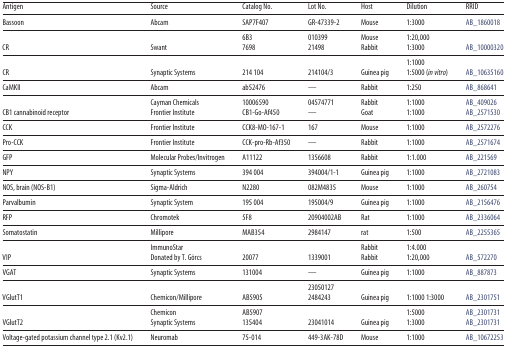
<table><thead><tr><td><b>Antigen</b></td><td><b>Source</b></td><td><b>Catalog No.</b></td><td><b>Lot No.</b></td><td><b>Host</b></td><td><b>Dilution</b></td><td><b>RRID</b></td></tr></thead><tbody><tr><td>Bassoon</td><td>Abcam</td><td>SAP7F407</td><td>GR-47339-2</td><td>Mouse</td><td>1:3000</td><td>AB_1860018</td></tr><tr><td></td><td></td><td>6B3</td><td>010399</td><td>Mouse</td><td>1:20,000</td><td></td></tr><tr><td>CR</td><td>Swant</td><td>7698</td><td>21498</td><td>Rabbit</td><td>1:3000</td><td>AB_10000320</td></tr><tr><td></td><td></td><td></td><td></td><td></td><td>1:1000</td><td></td></tr><tr><td>CR</td><td>Synaptic Systems</td><td>214 104</td><td>214104/3</td><td>Guinea pig</td><td>1:5000 (<i>in vitro</i>)</td><td>AB_10635160</td></tr><tr><td>CaMKII</td><td>Abcam</td><td>ab52476</td><td>—</td><td>Rabbit</td><td>1:250</td><td>AB_868641</td></tr><tr><td></td><td>Cayman Chemicals</td><td>10006590</td><td>04574771</td><td>Rabbit</td><td>1:1000</td><td>AB_409026</td></tr><tr><td>CB1 cannabinoid receptor</td><td>Frontier Institute</td><td>CB1-Go-Af450</td><td>—</td><td>Goat</td><td>1:1000</td><td>AB_2571530</td></tr><tr><td>CCK</td><td>Frontier Institute</td><td>CCK8-MO-167-1</td><td>167</td><td>Mouse</td><td>1:1000</td><td>AB_2572276</td></tr><tr><td>Pro-CCK</td><td>Frontier Institute</td><td>CCK-pro-Rb-Af350</td><td>—</td><td>Rabbit</td><td>1:1000</td><td>AB_2571674</td></tr><tr><td>GFP</td><td>Molecular Probes/Invitrogen</td><td>A11122</td><td>1356608</td><td>Rabbit</td><td>1:1.000</td><td>AB_221569</td></tr><tr><td>NPY</td><td>Synaptic Systems</td><td>394 004</td><td>394004/1-1</td><td>Guinea pig</td><td>1:1000</td><td>AB_2721083</td></tr><tr><td>NOS, brain (NOS-B1)</td><td>Sigma-Aldrich</td><td>N2280</td><td>082M4835</td><td>Mouse</td><td>1:1000</td><td>AB_260754</td></tr><tr><td>Parvalbumin</td><td>Synaptic System</td><td>195 004</td><td>195004/9</td><td>Guinea pig</td><td>1:1000</td><td>AB_2156476</td></tr><tr><td>RFP</td><td>Chromotek</td><td>5F8</td><td>20904002AB</td><td>Rat</td><td>1:1000</td><td>AB_2336064</td></tr><tr><td>Somatostatin</td><td>Millipore</td><td>MAB354</td><td>2984147</td><td>rat</td><td>1:500</td><td>AB_2255365</td></tr><tr><td></td><td>ImmunoStar</td><td></td><td></td><td>Rabbit</td><td>1:4.000</td><td></td></tr><tr><td>VIP</td><td>Donated by T. Görcs</td><td>20077</td><td>1339001</td><td>Rabbit</td><td>1:20,000</td><td>AB_572270</td></tr><tr><td>VGAT</td><td>Synaptic Systems</td><td>131004</td><td>—</td><td>Guinea pig</td><td>1:1000</td><td>AB_887873</td></tr><tr><td></td><td></td><td></td><td>23050127</td><td></td><td></td><td></td></tr><tr><td>VGlutT1</td><td>Chemicon/Millipore</td><td>AB5905</td><td>2484243</td><td>Guinea pig</td><td>1:1000 1:3000</td><td>AB_2301751</td></tr><tr><td></td><td>Chemicon</td><td>AB5907</td><td></td><td></td><td>1:5000</td><td>AB_2301731</td></tr><tr><td>VGlutT2</td><td>Synaptic Systems</td><td>135404</td><td>23041014</td><td>Guinea pig</td><td>1:3000</td><td>AB_2301731</td></tr><tr><td>Voltage-gated potassium channel type 2.1 (Kv2.1)</td><td>Neuromab</td><td>75-014</td><td>449-3AK-78D</td><td>Mouse</td><td>1:1000</td><td>AB_10672253</td></tr></tbody></table>